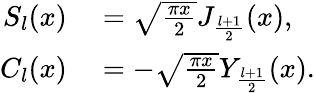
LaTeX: \begin{array}{rl}{S_{l}(x)}&{{}=\sqrt{\frac{\pi x}{2}}J_{\frac{l+1}{2}}(x),}\\ {C_{l}(x)}&{{}=-\sqrt{\frac{\pi x}{2}}Y_{\frac{l+1}{2}}(x).}\end{array}